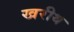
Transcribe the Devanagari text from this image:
खरीथ